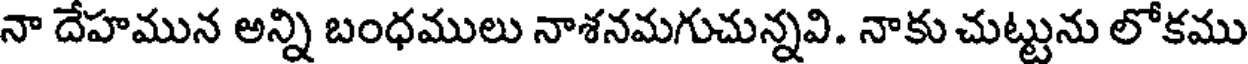
నా దేహమున అన్ని బంధములు నాశనమగుచున్నవి. నాకు చుట్టును లోకము